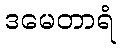
ဒမေတာရံ